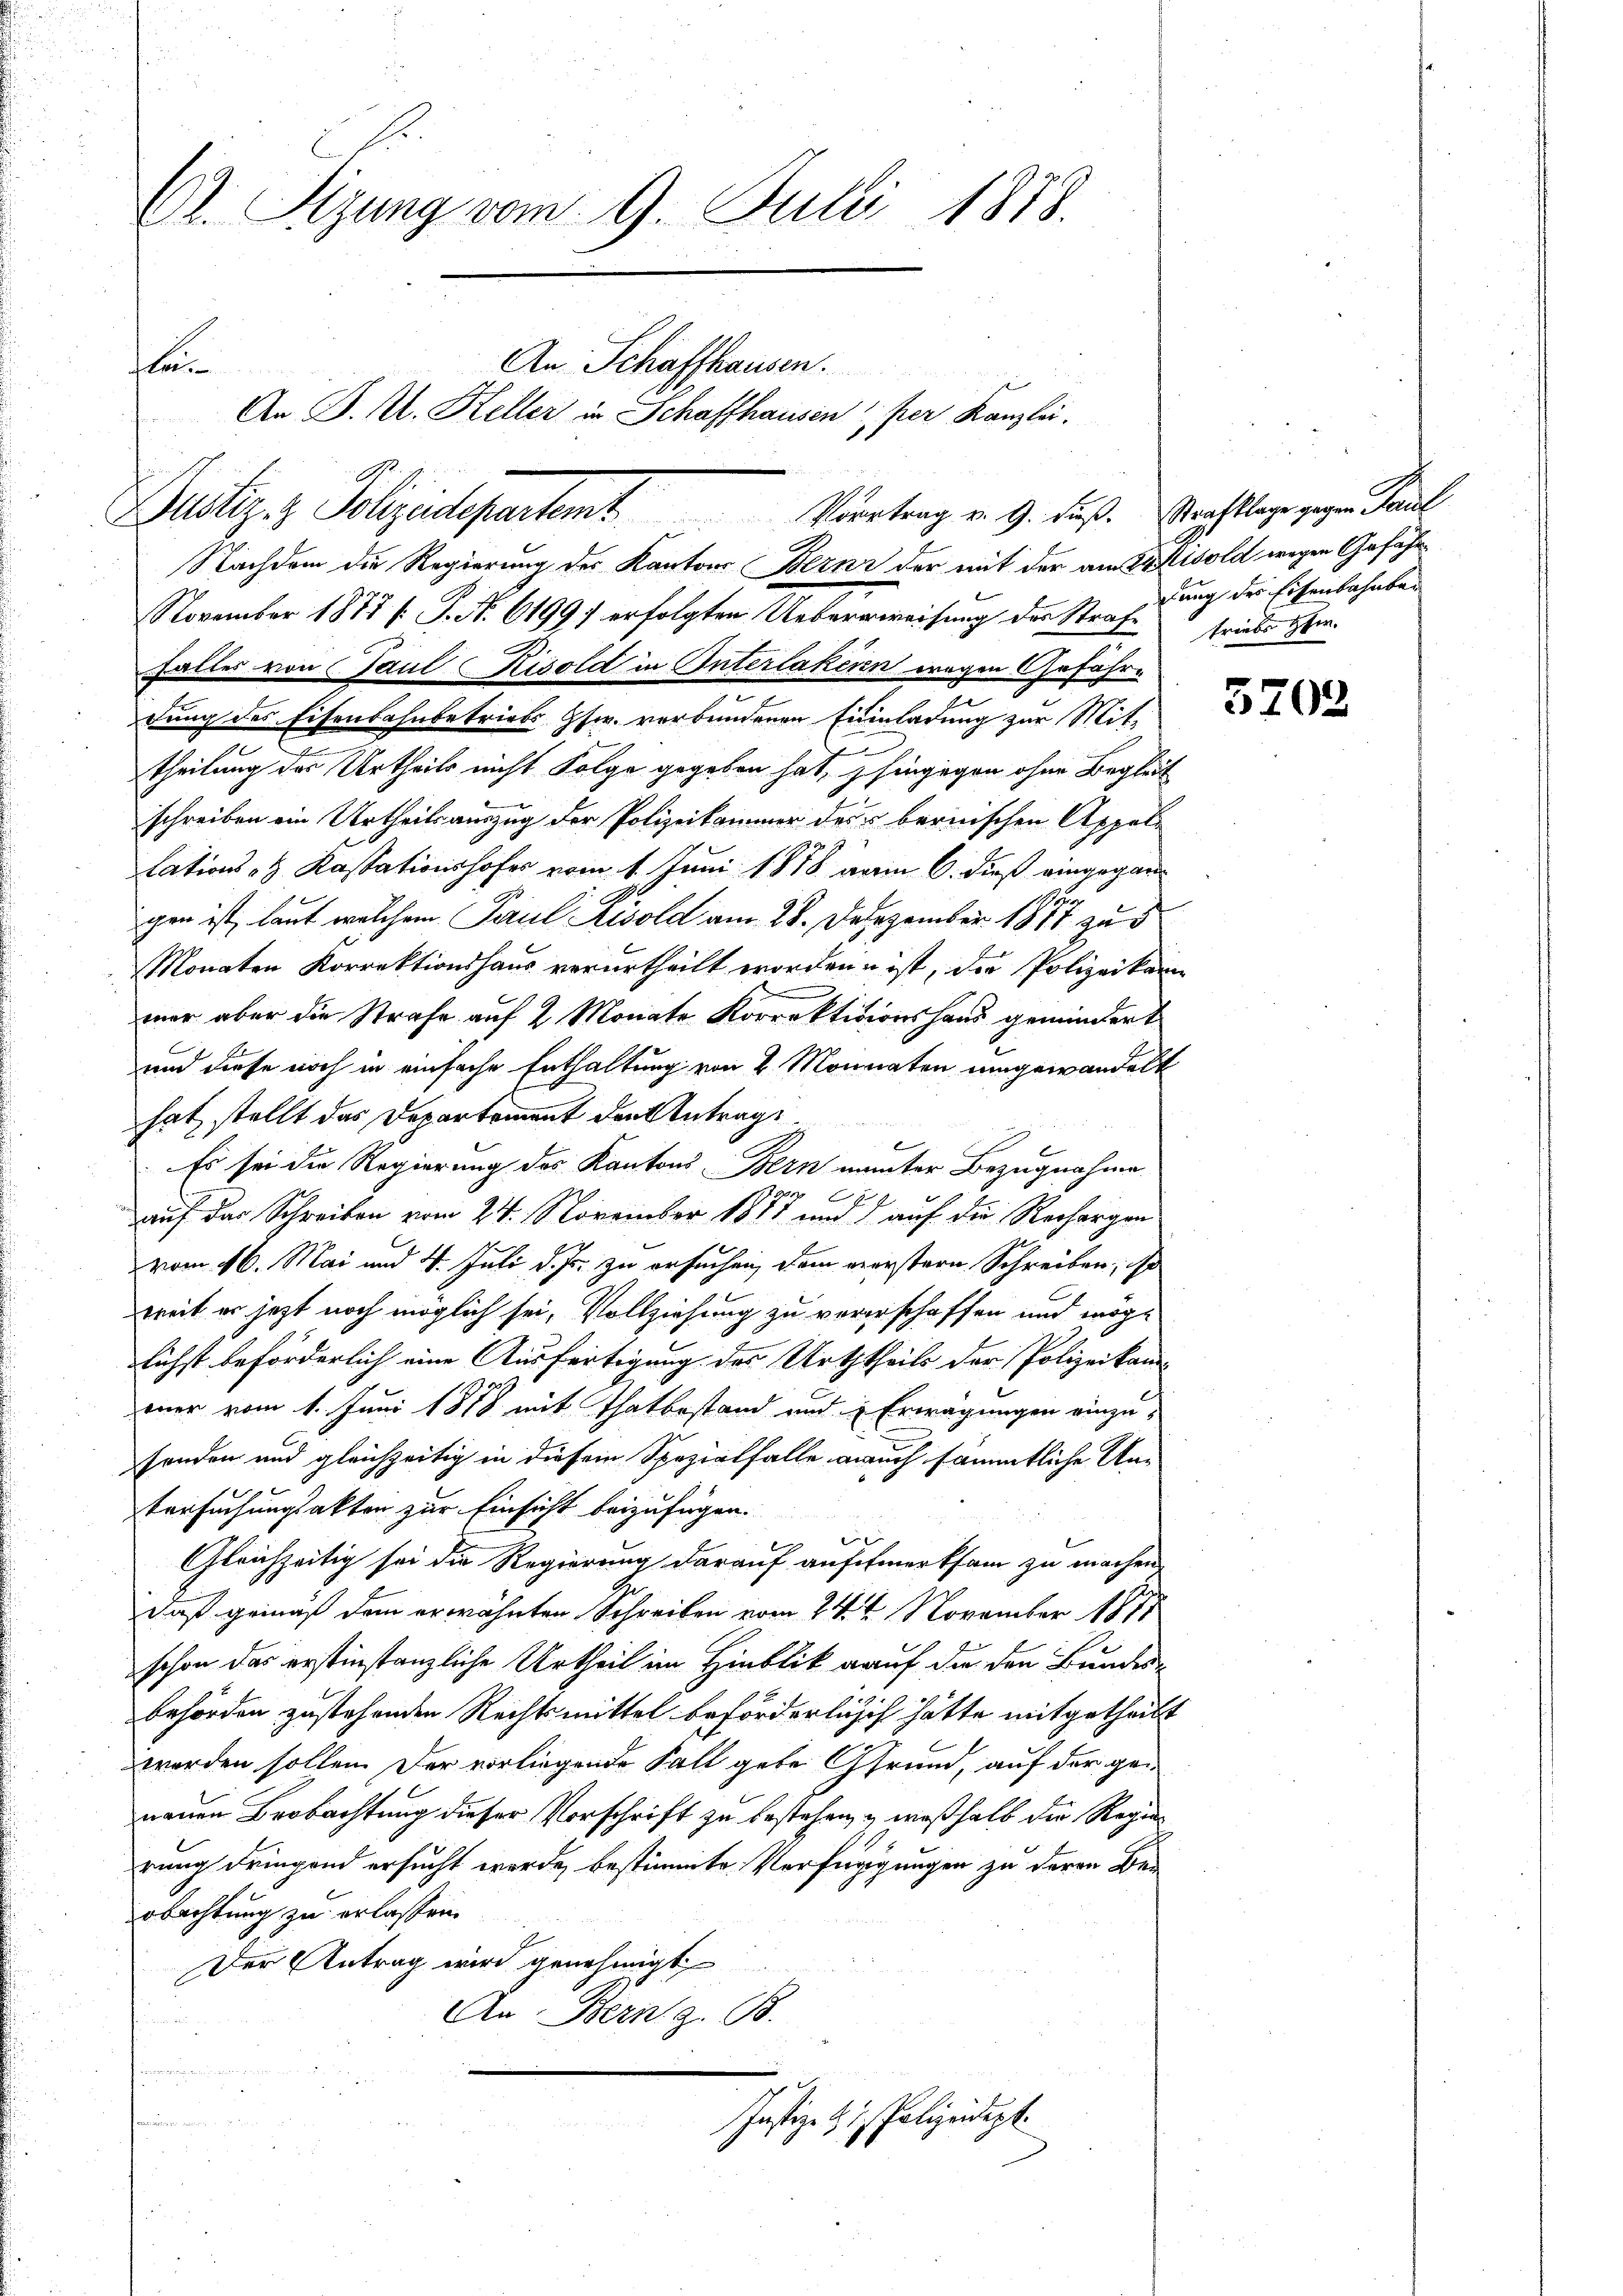
Dr. Sizung vom 9. Juli 1878.
An Schaffhausen.
lan
An P. U. Keller in Schaffhausen per Kanzlei.

Justiz- & Polizeidepartent. Vertrag v. 9. dieß. Nachlage zur Paul

Nachdem die Regierung des Kantons Berne der mit der am Stold wegen Gefähr
November 1878 / P. Nr. 61991 erfolgten Ueberweisung des Strafe striebes Her¬
Falles von Paul Kisold in Interlakenen wegen Gefahr-
rung des Eisenbahnbetriebs Gsw. verbundenen Einladung zur Mit-
f
theilung des Urtheils nicht Folge gegeben hat, hingegen ohne Begleit
schreiben ein Urtheilsauszug der Polizeikommer des bernischen Appeltationst Kassationshofes vom 1. Juni 1878 vom 6. dieß eingegan¬
Ger
gen ist, laut welchem Paul Risold am 28. Dezember 1817 zu d
Monaten Korrektionshaus verurtheilt worden ist, die Polizeikam
mer aber die Strafe auf 2 Monate Korrektitionshaus gemindert
und diese noch in einfache Enthaltung von 2 Monnaten umgewandelt
hat, stellt das Departement den Antrags
Es sei die Regierung des Kantons Bern nämter Bezugnahme
2
auf das Schreiben vom 24. November 1887 und auf die Rechargen
vom 16. Mai und 4. Juli d. Js. zu ersuchen, dem verstern Schreiben; ist
weit er jetzt noch möglich sei, Vollziehung zu vererschaffen und möglichst beförderlich eine Ausfertigung des Urththeils der Polizeikam
euer vom 1. Juni 1888 mit Thatbestand und Erwägungen einzu-
fonden und gleichzeitig in diesem Spezialfalle auch sämmtliche Un¬
Versuchungsakten zur Einsicht beizufügen.
u
Gleichzeitig sei die Regierung darauf aufefmerksam zu machen,
daß gemäß dem erwähnten Schreiben vom 24. ten November 1871
schon das erstinstanzliche Urtheil im Hinblick auf die den Bundes-
behörden zustehenden Rechtsmittel beförderlisch hätte mitgetheilt
werden sollen. Der vorliegende Fall gebe Grund, auf der genauen Beobachtung dieser Vorschrift zu bestehen, & weßhalb die Regierung dringend ersucht werde, bestimmte Verfügigungen zu deren Ber
obachtung zu erlassen.
E
Der Antrag wird genehmigt
An Bern z. B.
n
tenen
Justiz- & Polizeidigt.

dung der Eisenbahnbar

3702